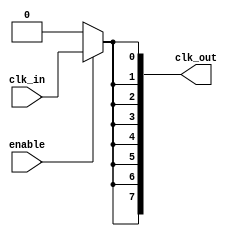
module high_fanout_clock_buffer (
    input wire clk_in,         // Clock input signal
    input wire enable,         // Enable signal for power management
    output wire [N-1:0] clk_out // Array of output clock signals
);

// Parameter for number of outputs
parameter N = 8; // Example: 8 fanout outputs

// Internal signals
wire clk_clean; // Cleaned clock signal

// Input Stage: Schmitt Trigger Implementation
// For simplicity, this is a basic buffer to represent signal cleaning
assign clk_clean = clk_in; // In real design, you would implement a Schmitt trigger here

// Output Stage: Driving multiple outputs with low skew
genvar i;
generate
    for (i = 0; i < N; i = i + 1) begin : clk_driver
        // Each output driver
        assign clk_out[i] = enable ? clk_clean : 1'b0; // Disable output if not enabled
    end
endgenerate

endmodule